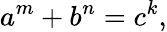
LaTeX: a^{m}+b^{n}=c^{k},